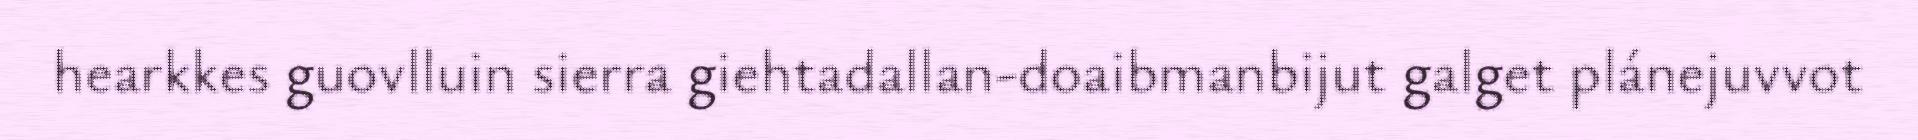
hearkkes guovlluin sierra giehtadallan-doaibmanbijut galget plánejuvvot